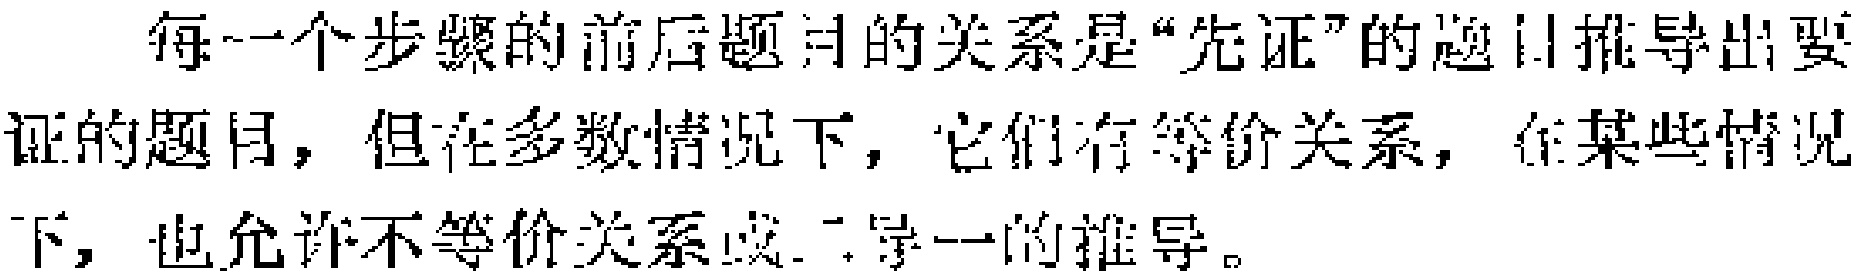
每一个步骤的前后题目的关系是“先证”的题目推导出要证的题目，但在多数情况下，它们有等价关系，在某些情况下，也允许不等价关系或二对一的推导。